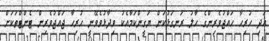
އަދި ހުރިހާ ހައްޖުވެރިންގެ ހާލު ރަނގަޅުކަން ޔަގީންކަމާއެކު ވިދާޅުވެވޭނީ ހުރިހާ ޖައްޖުވެރިން ޓެންޓްތަކަށް